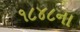
૧૮૪૮ના